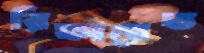
রিফায়েত